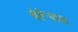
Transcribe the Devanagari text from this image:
चेहेर्‍याला